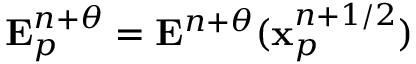
\mathbf { E } _ { p } ^ { n + \theta } = \mathbf { E } ^ { n + \theta } ( \mathbf { x } _ { p } ^ { n + 1 / 2 } )